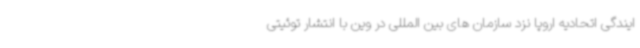
ایندگی اتحادیه اروپا نزد سازمان های بین المللی در وین با انتشار توئیتی